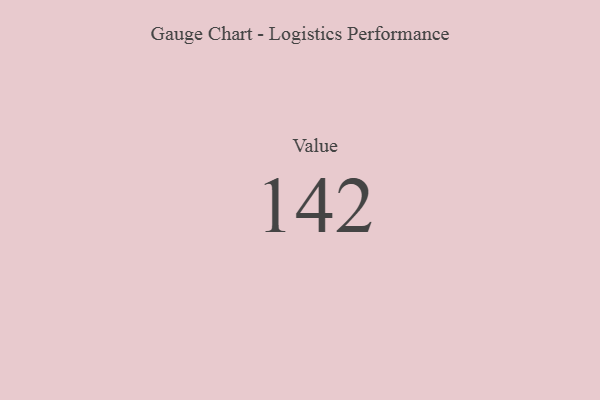
{"axis": {"x": "Metric", "y": "Value"}, "legend": [""], "data": [{"x": "Value", "y": 142, "type": ""}]}